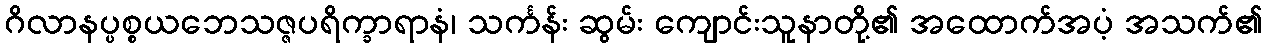
ဂိလာနပ္ပစ္စယဘေသဇ္ဇပရိက္ခာရာနံ၊ သင်္ကန်း ဆွမ်း ကျောင်းသူနာတို့၏ အထောက်အပံ့ အသက်၏